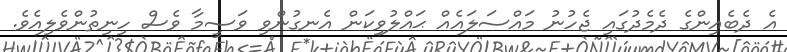
އެ ދެބެއިންގެ ދެމެދުގައި ޖެހުނު މައްސަލައެއް ޙައްލުވިކަން އެނގުންވި ވަސީމާ ވެސް ހިނިތުންވެލިއެވެ.